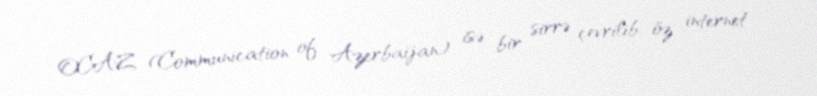
OCAZ (Communication of Azerbaijan) isə bir sirrə çevrilib: öz internet